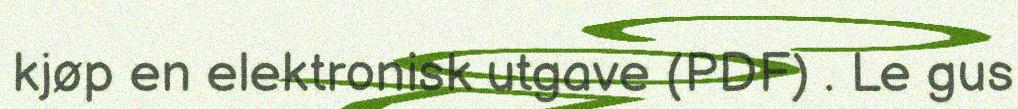
kjøp en elektronisk utgave (PDF) . Le gus